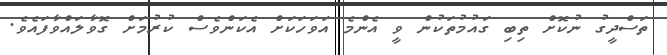
ތަސްދީގު ނުކޮށް ތިބި ގައުމުތަކުން ވީ އެންމެ އަވަހަކަށް އެކަންވެސް ކުރުމަށް ގޮވާލައްވާފައެވެ.